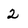
Character: 2